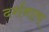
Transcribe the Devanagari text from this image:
दर्शनाता